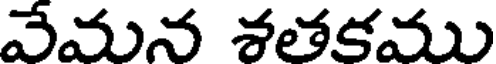
వేమన శతకము